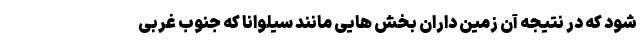
شود که در نتیجه آن زمین داران بخش هایی مانند سیلوانا که جنوب غربی